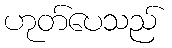
ဟုတ်ပေသည်